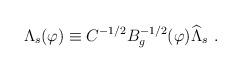
LaTeX: \begin{align*}\Lambda_s (\varphi) \equiv C^{-1/2} B_g^{-1/2} (\varphi) \widehat\Lambda_s \ . \end{align*}